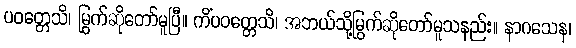
ပဝတ္တေသိ၊ မြွက်ဆိုတော်မူပြီ။ ကိံပဝတ္တေသိ၊ အဘယ်သို့မြွက်ဆိုတော်မူသနည်း။ နာဂသေန၊